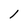
Character: l